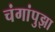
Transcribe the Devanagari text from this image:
चंगांपुझा